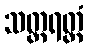
သတ္တရတ္တံ